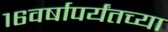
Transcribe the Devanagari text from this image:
१६वर्षापर्यंतच्या